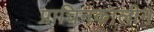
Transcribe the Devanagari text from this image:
प्राचिनकालीन